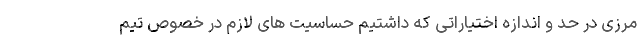
مرزی در حد و اندازه اختیاراتی که داشتیم حساسیت های لازم در خصوص تیم